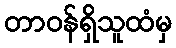
တာဝန်ရှိသူထံမှ